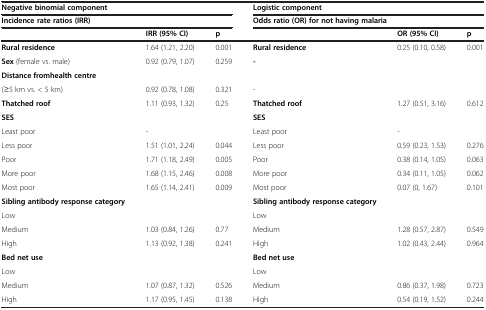
<table><thead><tr><td colspan="3"><b>Negative binomial component</b></td><td colspan="3"><b>Logistic component</b></td></tr><tr><td colspan="3"><b>Incidence rate ratios (IRR)</b></td><td colspan="3"><b>Odds ratio (OR) for not having malaria</b></td></tr><tr><td><b> </b></td><td><b>IRR (95% CI)</b></td><td><b>p</b></td><td><b> </b></td><td><b>OR (95% CI)</b></td><td><b>p</b></td></tr></thead><tbody><tr><td><b>Rural residence</b></td><td>1.64 (1.21, 2.20)</td><td>0.001</td><td><b>Rural residence</b></td><td>0.25 (0.10, 0.58)</td><td>0.001</td></tr><tr><td><b>Sex</b> (female vs. male)</td><td>0.92 (0.79, 1.07)</td><td>0.259</td><td><b>-</b></td><td> </td><td> </td></tr><tr><td><b>Distance from</b><b>health centre</b></td><td> </td><td> </td><td> </td><td> </td><td> </td></tr><tr><td>(≥5 km vs. &lt; 5 km)</td><td>0.92 (0.78, 1.08)</td><td>0.321</td><td>-</td><td> </td><td> </td></tr><tr><td><b>Thatched roof</b></td><td>1.11 (0.93, 1.32)</td><td>0.25</td><td><b>Thatched roof</b></td><td>1.27 (0.51, 3.16)</td><td>0.612</td></tr><tr><td><b>SES</b></td><td> </td><td> </td><td><b>SES</b></td><td> </td><td> </td></tr><tr><td>Least poor</td><td>-</td><td> </td><td>Least poor</td><td>-</td><td> </td></tr><tr><td>Less poor</td><td>1.51 (1.01, 2.24)</td><td>0.044</td><td>Less poor</td><td>0.59 (0.23, 1.53)</td><td>0.276</td></tr><tr><td>Poor</td><td>1.71 (1.18, 2.49)</td><td>0.005</td><td>Poor</td><td>0.38 (0.14, 1.05)</td><td>0.063</td></tr><tr><td>More poor</td><td>1.68 (1.15, 2.46)</td><td>0.008</td><td>More poor</td><td>0.34 (0.11, 1.05)</td><td>0.062</td></tr><tr><td>Most poor</td><td>1.65 (1.14, 2.41)</td><td>0.009</td><td>Most poor</td><td>0.07 (0, 1.67)</td><td>0.101</td></tr><tr><td><b>Sibling antibody response category</b></td><td> </td><td> </td><td><b>Sibling antibody response category</b></td><td> </td><td> </td></tr><tr><td>Low</td><td> </td><td> </td><td>Low</td><td> </td><td> </td></tr><tr><td>Medium</td><td>1.03 (0.84, 1.26)</td><td>0.77</td><td>Medium</td><td>1.28 (0.57, 2.87)</td><td>0.549</td></tr><tr><td>High</td><td>1.13 (0.92, 1.38)</td><td>0.241</td><td>High</td><td>1.02 (0.43, 2.44)</td><td>0.964</td></tr><tr><td><b>Bed net use</b></td><td> </td><td> </td><td><b>Bed net use</b></td><td> </td><td> </td></tr><tr><td>Low</td><td> </td><td> </td><td>Low</td><td> </td><td> </td></tr><tr><td>Medium</td><td>1.07 (0.87, 1.32)</td><td>0.526</td><td>Medium</td><td>0.86 (0.37, 1.98)</td><td>0.723</td></tr><tr><td>High</td><td>1.17 (0.95, 1.45)</td><td>0.138</td><td>High</td><td>0.54 (0.19, 1.52)</td><td>0.244</td></tr></tbody></table>